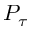
P _ { \tau }